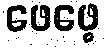
ဖေဖေ့